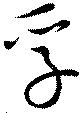
孚